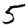
Digit: 5